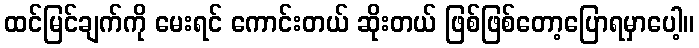
ထင်မြင်ချက်ကို မေးရင် ကောင်းတယ် ဆိုးတယ် ဖြစ်ဖြစ်တော့ပြောရမှာပေါ့။